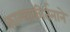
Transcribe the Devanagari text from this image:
काल्याकीर्तनाने